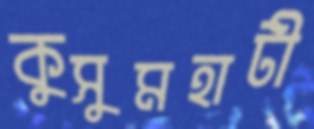
কুসুমহাটী